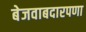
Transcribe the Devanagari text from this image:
बेजवाबदारपणा